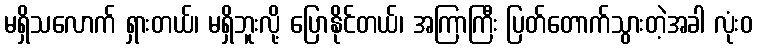
မရှိသလောက် ရှားတယ်၊ မရှိဘူးလို့ ပြောနိုင်တယ်၊ အကြာကြီး ပြတ်တောက်သွားတဲ့အခါ လုံးဝ